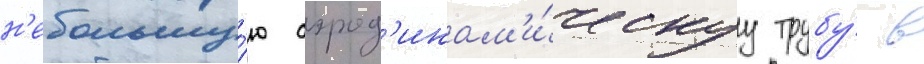
н'ебольшу́ю аэрод'инам'и́ческуу трубу́ в